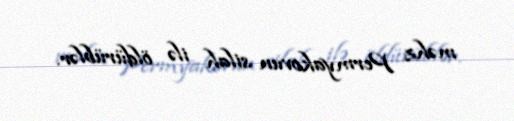
məhz Permyakovun silah ilə öldürüblər.